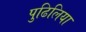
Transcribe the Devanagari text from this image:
पुढिलिया